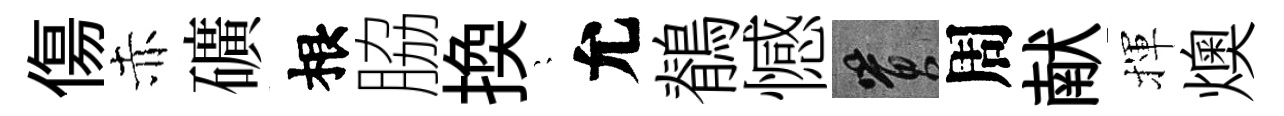
傷赤礦根脇換隠允鶺憾篔周献揮燠